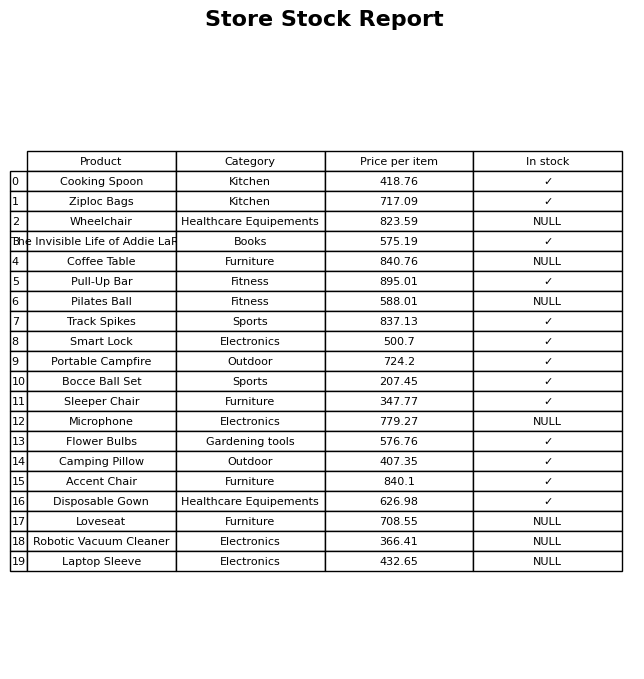
question: What is the price of the Camping Pillow?
answer: The price of Camping Pillow is 407.35.